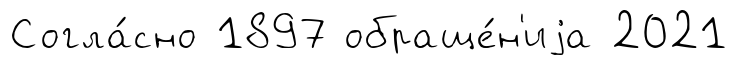
Согла́сно 1897 обраще́н'иjа 2021